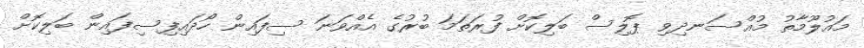
މައުލޫމާތު މުއްސަނދިވި ޕޮލިސް ބަލިކޮށް ފުރަތަމަ ބުރުގެ އެއްވަނަ ސިފައިން ހޯދައިފިސިފައިން ބަލިކޮށް